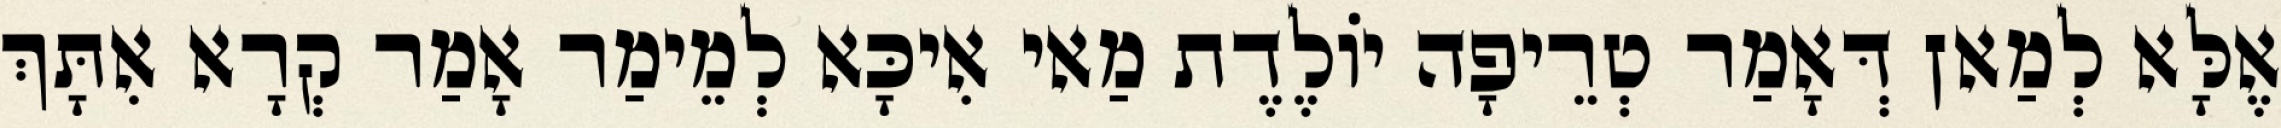
אֶלָּא לְמַאן דְּאָמַר טְרֵיפָה יוֹלֶדֶת מַאי אִיכָּא לְמֵימַר אָמַר קְרָא אִתָּךְ